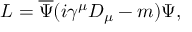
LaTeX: L = \overline { { { \Psi } } } ( i \gamma ^ { \mu } D _ { \mu } - m ) \Psi ,